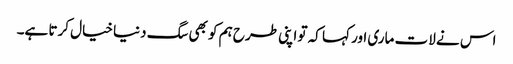
اس نے لات ماری اور کہا کہ تو اپنی طرح ہم کو بھی سگ دنیا خیال کرتا ہے۔